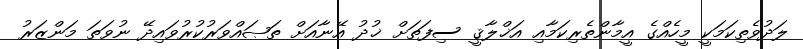
ލަދުވެތިކަމަކީ މީހެއްގެ އީމާންތެރިކަމާއި އަޚްލާޤީ ސިފަތަށް ޚުދު އޭނާއަށް ތަޞައްވަރުކުރުވައިދޭ ނުވަތަ މަންޒަރު